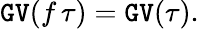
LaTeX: \mathtt{GV}(f\, \tau)=\mathtt{GV}(\tau).